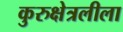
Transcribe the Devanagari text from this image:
कुरुक्षेत्रलीला